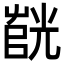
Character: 𫵰